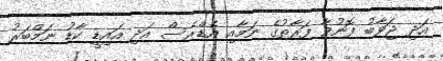
އަދި ޖަވާބު ފޮނުވާ ފަރާތުގެ ނަމާއި އެޑްރެސް އަދި އައިޑީ ކާޑު ނަމްބަރު